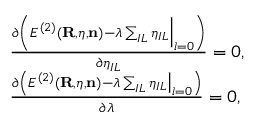
\begin{array} { r l } & { \frac { \partial \left( { \cal E } ^ { ( 2 ) } ( { \bf R , { \boldsymbol \eta } , n } ) - \lambda \sum _ { I L } \eta _ { I L } \Big \vert _ { l = 0 } \right) } { \partial \eta _ { I L } } = 0 , } \\ & { \frac { \partial \left( { \cal E } ^ { ( 2 ) } ( { \bf R , { \boldsymbol \eta } , n } ) - \lambda \sum _ { I L } \eta _ { I L } \big \vert _ { l = 0 } \right) } { \partial \lambda } = 0 , } \end{array}